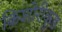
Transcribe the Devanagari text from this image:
किशोरीकुंड